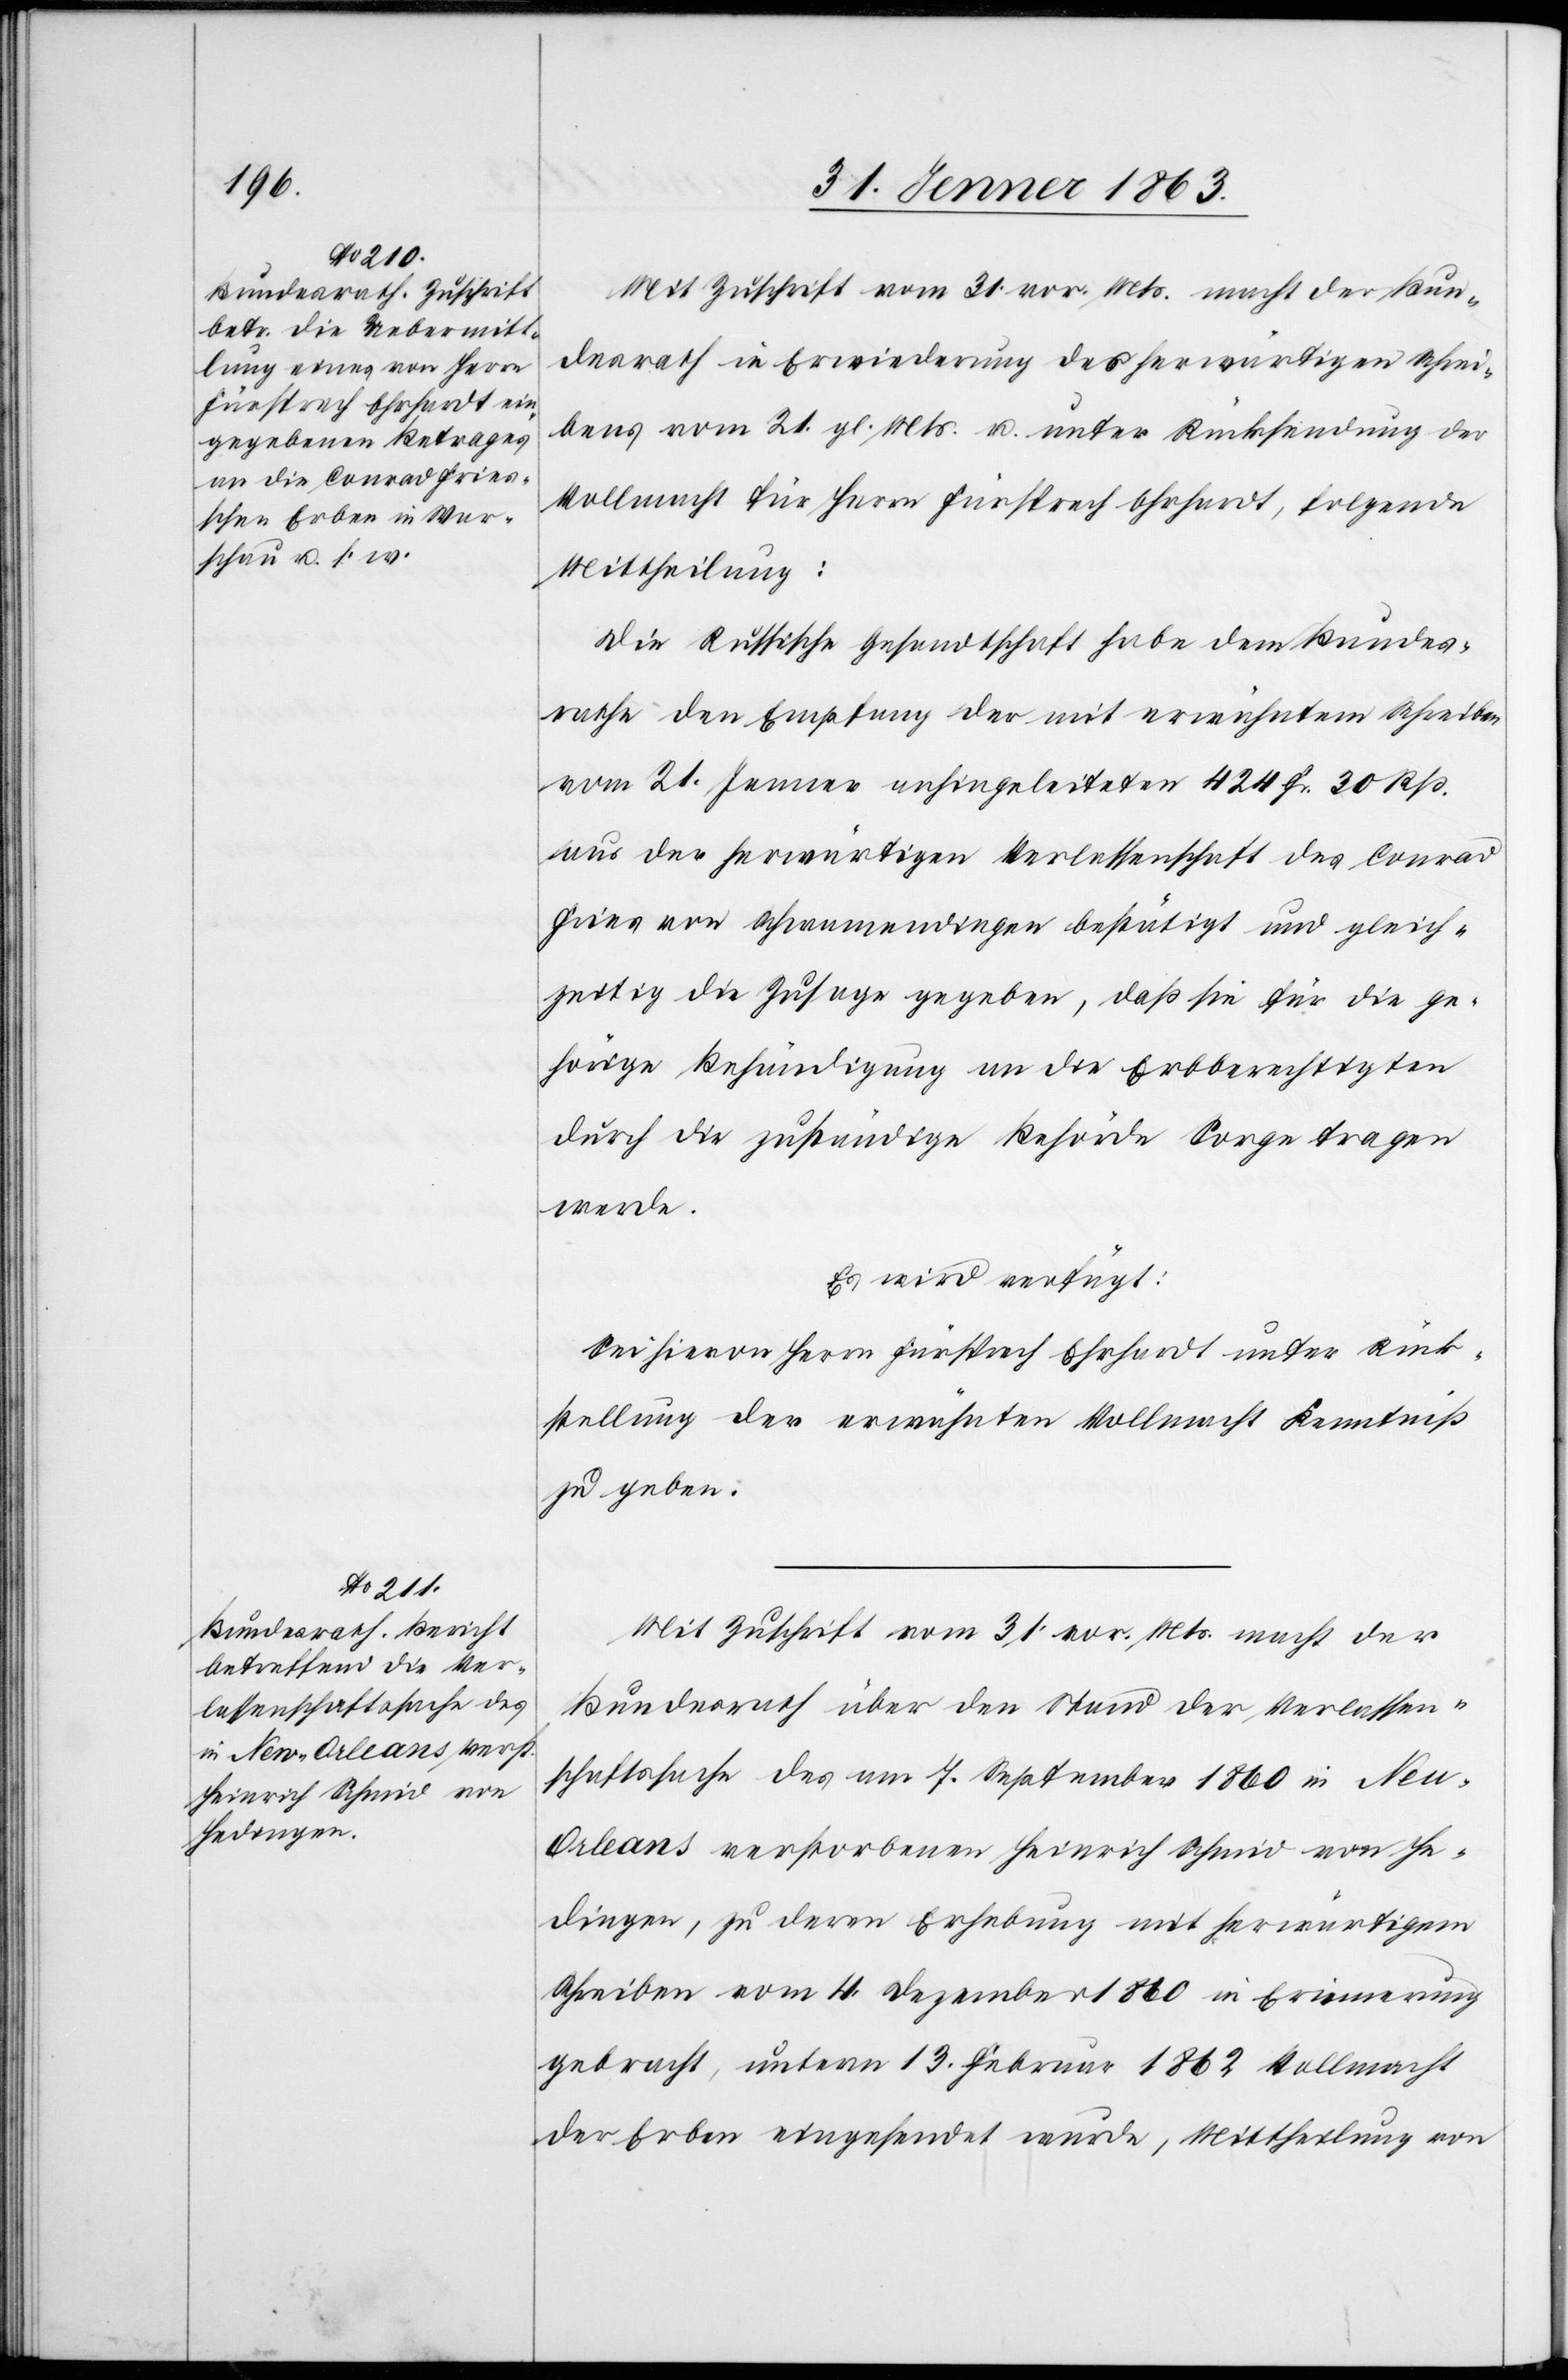
Mit Zuschrift vom 31. vor. Mts. macht der Bun¬
desrath in Erwiederung des herwärtigen Schrei¬
bens vom 21. gl. Mts. u. unter Rücksendung der
Vollmacht für Herrn Fürsprech Ehrhardt, folgende
Mittheilung:
Die Russische Gesandtschaft habe dem Bundes¬
rath den Empfang der mit erwähntem Schreiben
vom 21. Jenner anhingeleiteten 424 Fr. 30 Rp.
aus der herwärtigen Verlassenschaft des Conrad
Fries von Schwamendingen bestätigt und gleich¬
zeitig die Zusage gegeben, daß sie für die ge¬
hörige Behändigung an die Erbberechtigten
durch die zuständige Behörde Sorge tragen
werde.
Es wird verfügt:
Sei hievon Herrn Fürsprech Ehrhardt unter Rück¬
stellung der erwähnten Vollmacht Kenntniß
zu geben.
Mit Zuschrift vom 31. vor. Mts. macht der
Bundesrath über den Stand der Verlassen¬
schaftssache des am 7. September 1860 in Ne¬
u-Orleans verstorbenen Heinrich Schmid von He¬
dingen, zu deren Erhebung mit herwärtigem
Schreiben vom 4. Dezember 1860 in Erinnerung
gebracht, unterm 13. Februar 1862 Vollmacht
der Erben eingesendet wurde, Mittheilung von